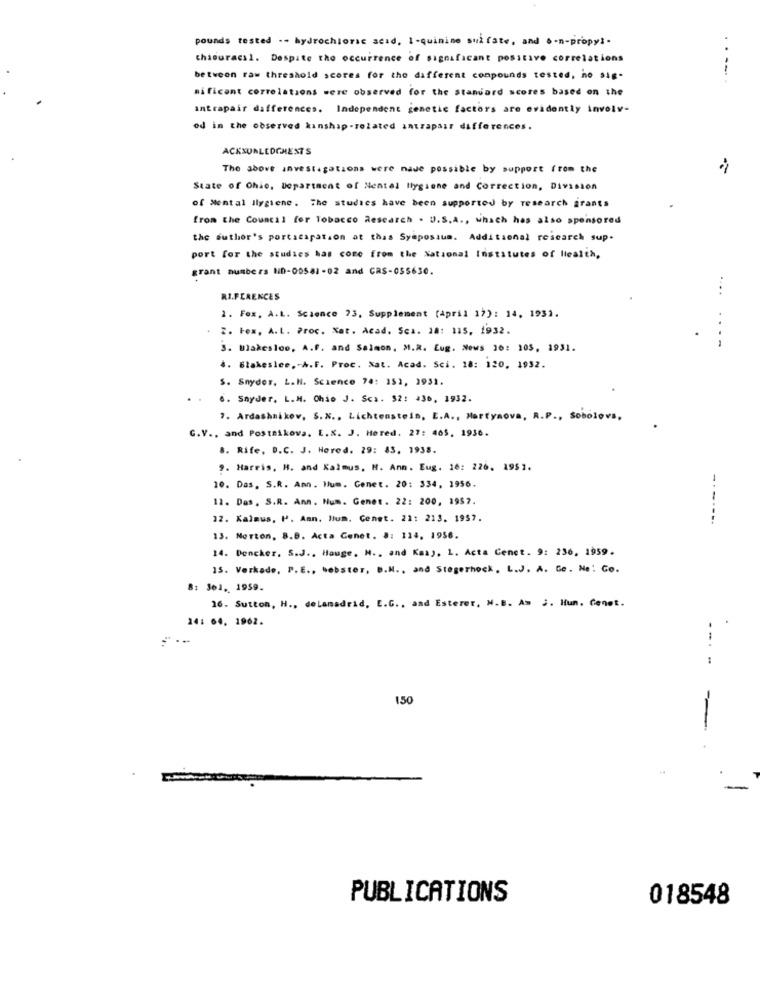
pounds tested . - hydrochloric seid. I-quinine sul fate, and S-n-propyl-
thisuracal. Despite the occurrence of significant positive correlations
between raw threshold scores for the different compounds tested, ho sig-
mificant correlations were observed for the standard scores based on the
intrapair differences. Independent genetic factors are evidently involv-
od in the observed kinship-related intrapair differences.
ACKNURLEDGHESTS
The above investigations were nade possible by support from the
State of Ohio, Department of Nentel Ilygione and Correction, Division
of Mental Hygiene. The studies have been supported by research grants
from the Council for Tobacco Research . U.S.A ., which has also sponsored
the author's portscapation at this Symposium. Additional research sup.
port for the studies has come from the National Institutes of Health,
grant numbers HD-00581 -02 and CAS-055630.
RI.FERENCES
1. Fox. A.L. Science 23, Supplement (april 17): 14, 1931.
..
. 2. Fox, A.L. Proc. Xat. Acad. Sca. 28: 115, 1932.
3. Makesloo, A.P. and Salmon, M.R. Eug. News 16: 105, 1931.
4. Blakeslee, - A.F. Proc. Xat. Acad. Sci. 18: 120. 1932.
S. Snyder, L.N. Science 74: 151, 1931.
6. Snyder, L.M. Ohio J. Sca. 32: 436, 1932.
7. Ardashnikov, S.N ., Lichtenstein, E.A ., Martynova, R.P ., Sobolovs,
C.V ., and Postnikova. E.K. J. Hered. 27: 405. 1936.
8. Rife, D.C. J. Hered. 29: 83. 1938.
9. Harris, H. and Kalmus, H. Anm. Eug. 16: 226. 1951.
10. Das, S.R. Amn. Hum. Genet. 20: 334, 1956.
11. Das, S.R. Ann. Num. Genet. 22: 200, 1957.
12. Kalmus, P. Amn. Hum. Genet. 22: 213. 1957.
-------
13. Morton, B.B. Acta Cenet. 8: 114. 1956.
14. Dencher, S.J ., Hauge, M ., and Kasy. L. Acta Cence. 9: 236, 1959.
15. Verkade, P.E ., bobster, D.M ., and Stegerhock, L.J. A. Ge. No: Co.
361. 1959.
16. Sutton, H ., deLamadrid, E.G ., and Esterer, N.B. Am ¿. Hun. Cenet.
14: 64. 1962.
..
----
150
-
PUBLICATIONS
018548